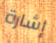
إشارة